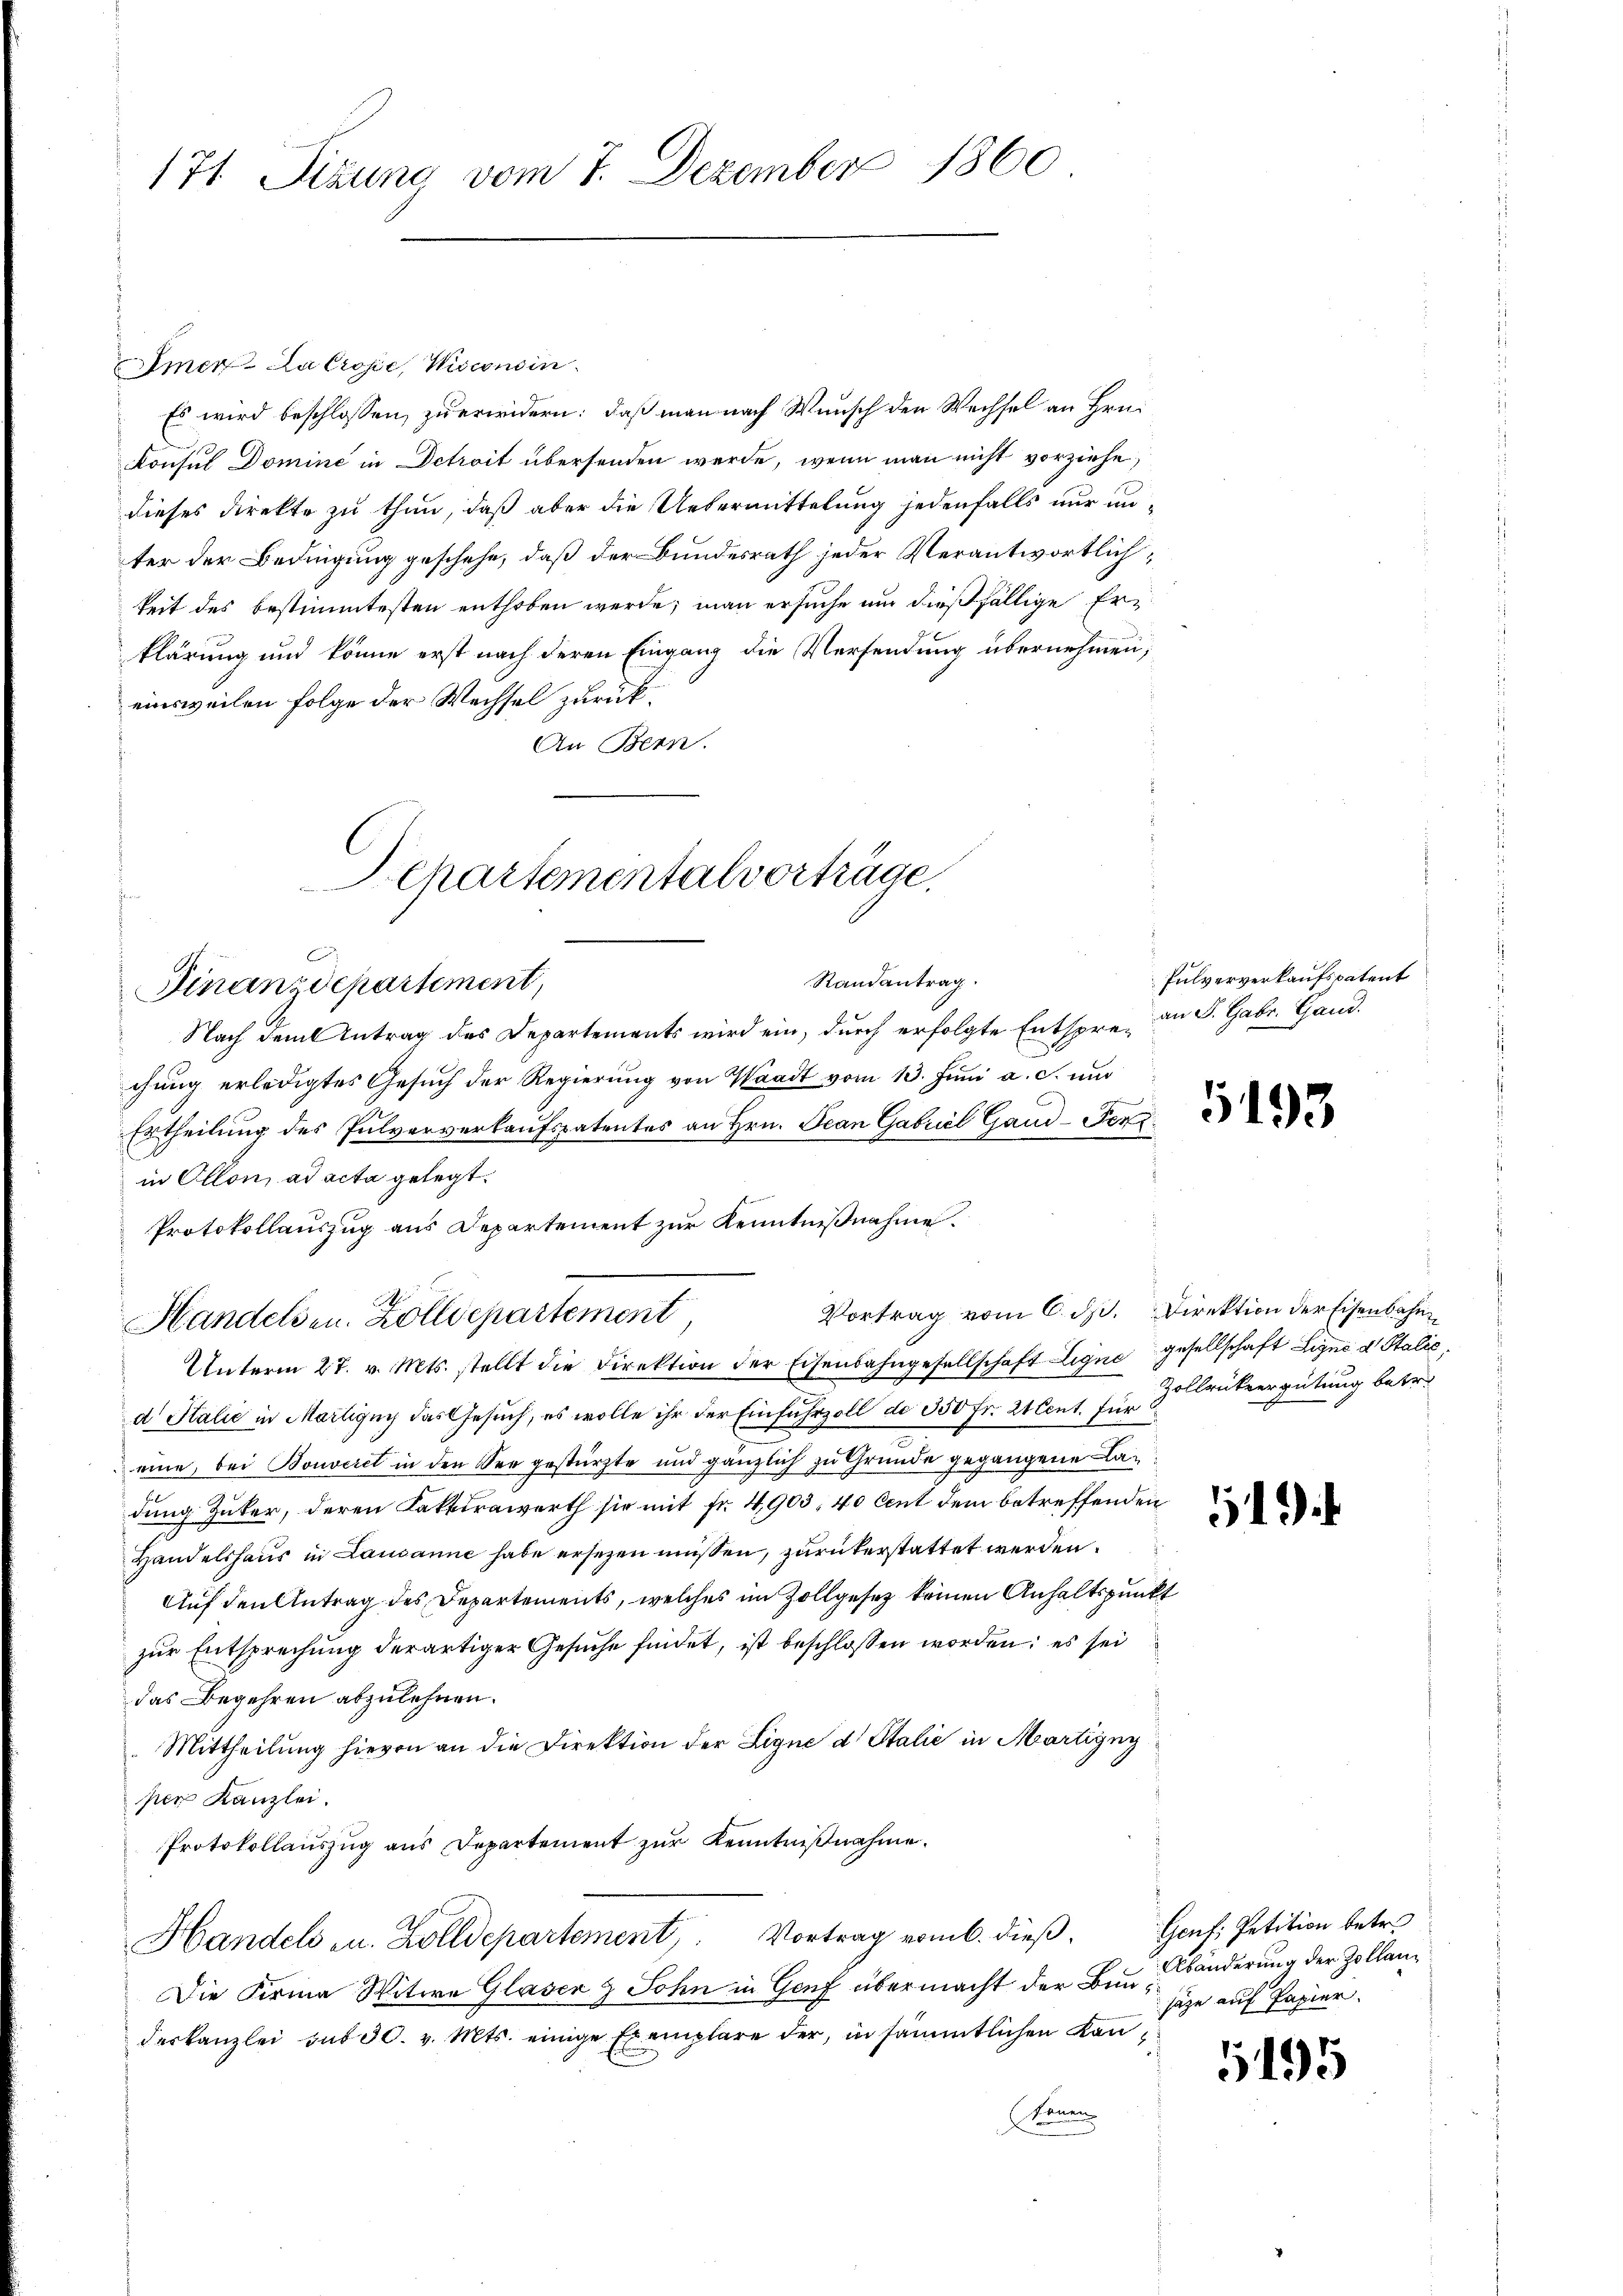
171. Sizung vom 7. Dezember 1860

Imer-Lalrose, Wisconsin
Es wird beschlossen, zu erwidern: daß man nach Wunsch den Wechsel an Hrn.
n
Konsul Domine in Detroit übersenden werde, wenn man nicht vorziehe,
dieses direkte zu thun, daß aber die Uebermittelung jedenfalls nur unter der Bedingung geschehe, daß der Bundesrath jeder Verantwortlichkeit des bestimmtesten enthoben werde; man ersuche um dießfällige Erklärung und könne erst nach deren Eingang die Versendung übernehmen;
einsweilen folge der Wechsel zurück¬
An Bern.
Nach dem Antrag des Departements wird ein, durch erfolgte Entspre- an S. Gebr. Gand.
chung erledigtes Gesuch der Regierung von Waadt vom 13. Juni a. c. und
Ertheilung des Pulververkaufspatentes an Hrn. Jean Gabrićl Gand-Per
in Ollon, ad acta gelegt.
Protokollauszug aus Departement zur Kenntnißnahme.
Vortrag vom 6. d. Direktion der Eisenbahn
Handelsen. Zolldepartement
Unterm 27. v. Mts. stellt die Direktion der Eisenbahngesellschaft Ligne gesellschaft Ligno d. Stalić,
d Italić in Martigny das Gesuch, es wolle ihr der Einfuhrzoll de 350 fr. 21 Cent. für
eine, bei Bonveret in den See gestürzte und gänzlich zu Grunde gegangene Ladung Güter, deren Kakkirawerth sie mit Fr. 4903, 40 Cent dem betreffenden
Handelshaus in Lausanne habe ersezen müssen, zurükerstattet werden.
Auf den Antrag des Departements, welches im Zollgesetz keinen Anhaltspunkt
zur Entsprechung derartiger Gesuche findet, ist beschlossen worden; es sei
das Begehren abzulehnen.
Mittheilung hievon an die Direktion der Ligne d. Stalić in Martigny
per Kanzlei.
Protokollauszug aus Departement zur Kenntnißnahme.
Handels zu. Zolldepartement. Vortrag vom 6. dieβ. Genf, Petition betr.
Die Firma Witwe Glaser & John in Genf übermacht der Bundeskanzlei sub 30. v. Mts. einige Exemplare der, in sämmtlichen Kan
kenen

Schartementalvorträge,
Randantrag.
Finanzdepartement,

Pulververkaufspatent

5193

Zollrückvergütung betr.

11

Abänderung der Zollanz
säze auf Papier.

1495